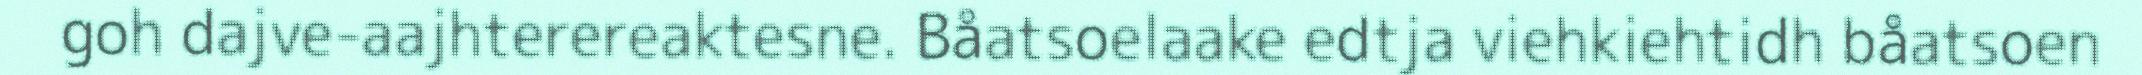
goh dajve-aajhterereaktesne. Båatsoelaake edtja viehkiehtidh båatsoen